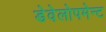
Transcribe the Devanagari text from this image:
डेवेलोपमेन्ट